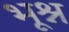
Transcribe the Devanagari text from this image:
भूश्न